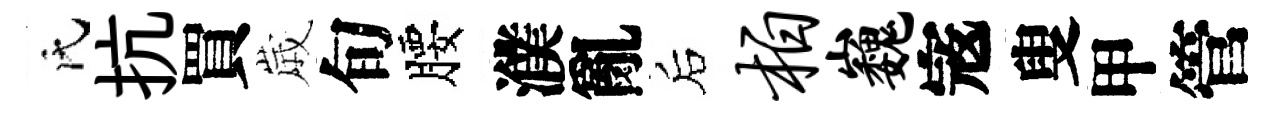
氏抗買𡻕旬腰濮亂后柏巍𡨥叟甲管